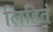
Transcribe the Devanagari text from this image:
लिहितं